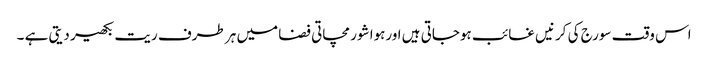
اس وقت سورج کی کرنیں غائب ہوجاتی ہیں اورہوا شور مچاتی فضا میں ہر طرف ریت بکھیر دیتی ہے ۔